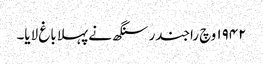
١٩٤٢ وچ راجندر سنگھ نے پہلا باغ لایا۔